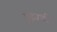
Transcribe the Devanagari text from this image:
पुंड्रवर्धन